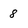
Character: 8